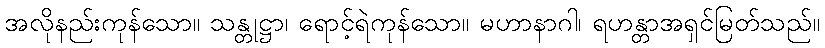
အလိုနည်းကုန်သော။ သန္တုဋ္ဌာ၊ ရောင့်ရဲကုန်သော။ မဟာနာဂါ၊ ရဟန္တာအရှင်မြတ်သည်။